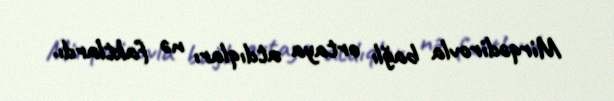
Mirqədirovla bağlı ortaya atdıqları nə faktlardı.